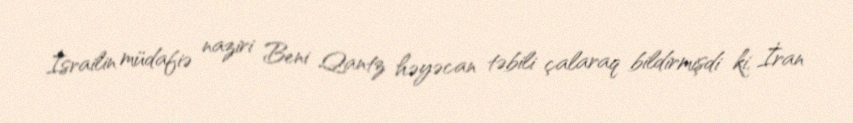
İsrailin müdafiə naziri Beni Qantz həyəcan təbili çalaraq bildirmişdi ki, İran